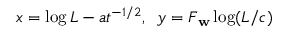
x = \log L - a t ^ { - 1 / 2 } , \; \; y = F _ { \mathbf { w } } \log ( L / c )